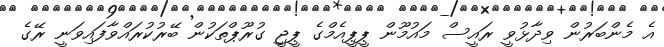
އެ މެންބަރުން ވިދާޅުވީ ރައީސް މަައުމޫން ޕީޕީއެެމްގެ ޕީޖީ ގުރޫޕްތަކުން ބޭރުކުރައްވާފައިވަނީ ރޭގެ